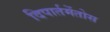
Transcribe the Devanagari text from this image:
दिपार्तमेंतोस